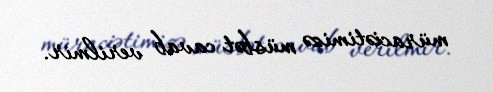
müraciətimizə müsbət cavab verilmir.